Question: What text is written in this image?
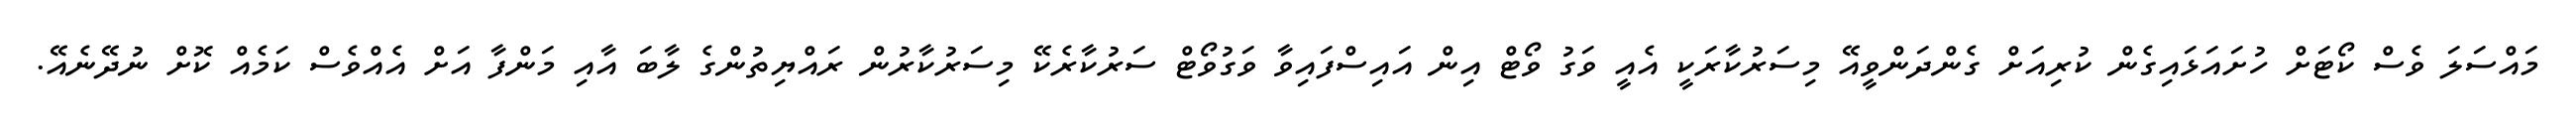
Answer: މައްސަލަ ވެސް ކޯޓަށް ހުށައަޅައިގެން ކުރިއަށް ގެންދަންވީއޭ މިސަރުކާރަކީ އެއީ ވަގު ވޯޓް އިން އައިސްފައިވާ ވަގުވޯޓް ސަރުކާރެކޭ މިސަރުކާރުން ރައްޔިތުންގެ ލާބަ އާއި މަންފާ އަށް އެއްވެސް ކަމެއް ކޮށް ނުދޭނެއޭ.